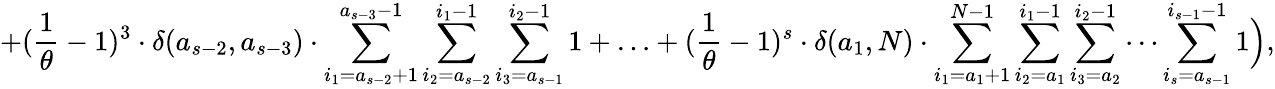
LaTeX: +(\frac{1}{\theta}-1)^{3}\cdot\delta(a_{s-2},a_{s-3})\cdot\sum_{i_{1}=a_{s-2}+1}^{a_{s-3}-1}\sum_{i_{2}=a_{s-2}}^{i_{1}-1}\sum_{i_{3}=a_{s-1}}^{i_{2}-1}1+\ldots+(\frac{1}{\theta}-1)^{s}\cdot\delta(a_{1},N)\cdot\sum_{i_{1}=a_{1}+1}^{N-1}\sum_{i_{2}=a_{1}}^{i_{1}-1}\sum_{i_{3}=a_{2}}^{i_{2}-1}\cdots\sum_{i_{s}=a_{s-1}}^{i_{s-1}-1}1\Big),